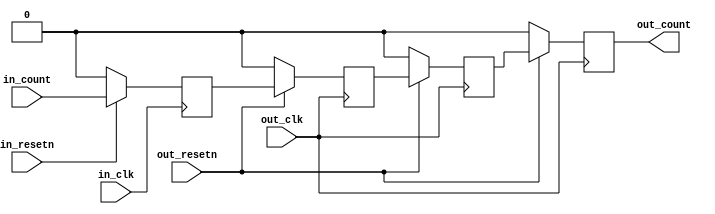
module sync_gray #(
  parameter DATA_WIDTH = 1,
  parameter ASYNC_CLK = 1)(
  input in_clk,
  input in_resetn,
  input [DATA_WIDTH-1:0] in_count,
  input out_resetn,
  input out_clk,
  output [DATA_WIDTH-1:0] out_count);
generate if (ASYNC_CLK == 1) begin
  reg [DATA_WIDTH-1:0] cdc_sync_stage0 = 'h0;
  reg [DATA_WIDTH-1:0] cdc_sync_stage1 = 'h0;
  reg [DATA_WIDTH-1:0] cdc_sync_stage2 = 'h0;
  reg [DATA_WIDTH-1:0] out_count_m = 'h0;
  function [DATA_WIDTH-1:0] g2b;
    input [DATA_WIDTH-1:0] g;
    reg   [DATA_WIDTH-1:0] b;
    integer i;
    begin
      b[DATA_WIDTH-1] = g[DATA_WIDTH-1];
      for (i = DATA_WIDTH - 2; i >= 0; i =  i - 1)
        b[i] = b[i + 1] ^ g[i];
      g2b = b;
    end
  endfunction
  function [DATA_WIDTH-1:0] b2g;
    input [DATA_WIDTH-1:0] b;
    reg [DATA_WIDTH-1:0] g;
    integer i;
    begin
      g[DATA_WIDTH-1] = b[DATA_WIDTH-1];
      for (i = DATA_WIDTH - 2; i >= 0; i = i -1)
          g[i] = b[i + 1] ^ b[i];
      b2g = g;
    end
  endfunction
  always @(posedge in_clk) begin
    if (in_resetn == 1'b0) begin
      cdc_sync_stage0 <= 'h00;
    end else begin
      cdc_sync_stage0 <= b2g(in_count);
    end
  end
  always @(posedge out_clk) begin
    if (out_resetn == 1'b0) begin
      cdc_sync_stage1 <= 'h00;
      cdc_sync_stage2 <= 'h00;
      out_count_m <= 'h00;
    end else begin
      cdc_sync_stage1 <= cdc_sync_stage0;
      cdc_sync_stage2 <= cdc_sync_stage1;
      out_count_m <= g2b(cdc_sync_stage2);
    end
  end
  assign out_count = out_count_m;
end else begin
  assign out_count = in_count;
end endgenerate
endmodule